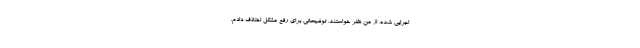
اجرایى شده، از من نظر خواستند. توضیحاتى براى رفع مشكل اختلاف دادم.